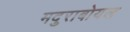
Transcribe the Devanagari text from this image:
मदुराबोयल